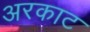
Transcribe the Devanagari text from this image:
अरकाट